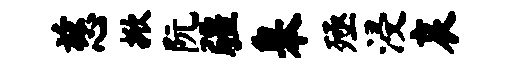
慈掀阮疆皋殛浸哀